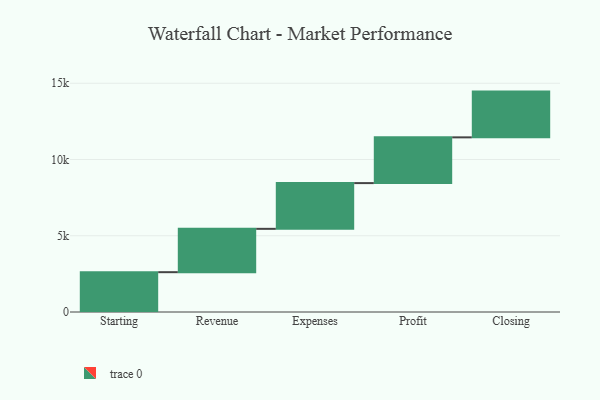
{"axis": {"x": "Step", "y": "Value"}, "legend": [""], "data": [{"x": "Starting", "y": 2611.0, "type": ""}, {"x": "Revenue", "y": 2842.0, "type": ""}, {"x": "Expenses", "y": 3000, "type": ""}, {"x": "Profit", "y": 3000, "type": ""}, {"x": "Closing", "y": 3000, "type": ""}]}